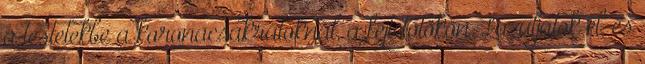
a testetekbe a koronacsakrátoknál, a fejtetőtökön. Lazuljatok el, és